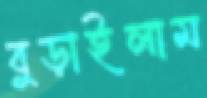
বুড়াইলাম